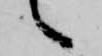
之